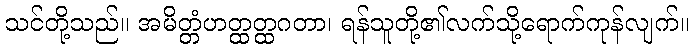
သင်တို့သည်။ အမိတ္တံဟတ္ထတ္ထဂတာ၊ ရန်သူတို့၏လက်သို့ရောက်ကုန်လျက်။